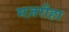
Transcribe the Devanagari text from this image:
मज़रीहा